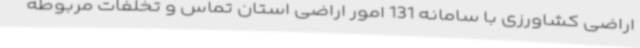
اراضی کشاورزی با سامانه 131 امور اراضی استان تماس و تخلفات مربوطه